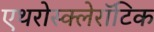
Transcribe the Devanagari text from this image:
एथरोस्क्लेरॉटिक